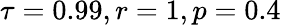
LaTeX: \tau=0.99,r=1,p=0.4